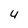
Character: u